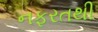
નફરતથી